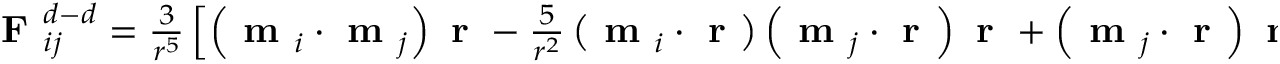
\begin{array} { r } { \textbf { F } _ { i j } ^ { d - d } = \frac { 3 } { r ^ { 5 } } \left[ \left( \textbf { m } _ { i } \cdot \textbf { m } _ { j } \right) \textbf { r } - \frac { 5 } { r ^ { 2 } } \left( \textbf { m } _ { i } \cdot \textbf { r } \right) \left( \textbf { m } _ { j } \cdot \textbf { r } \right) \textbf { r } + \left( \textbf { m } _ { j } \cdot \textbf { r } \right) \textbf { m } _ { i } + \left( \textbf { m } _ { i } \cdot \textbf { r } \right) \textbf { m } _ { j } \right] , } \end{array}